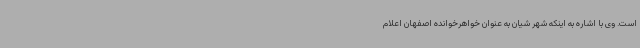
است. وی با اشاره به اینکه شهر شیان به عنوان خواهرخوانده اصفهان اعلام